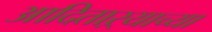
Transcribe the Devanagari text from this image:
आदिताऱ्याच्या